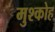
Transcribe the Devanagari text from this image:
मुश्कोह